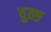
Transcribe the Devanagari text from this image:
वुत्स